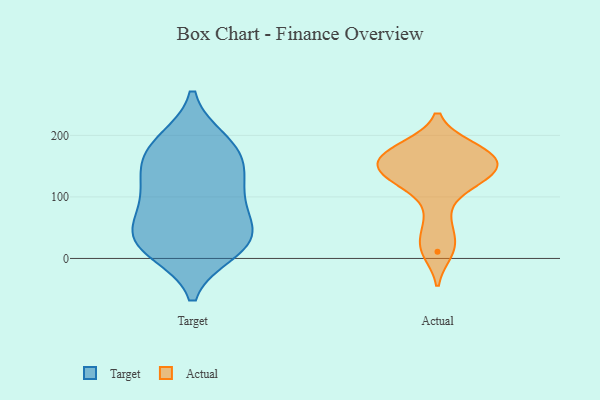
{"axis": {"x": "Latency (ms)", "y": "Value"}, "legend": ["Actual", "Target"], "data": [{"x": "", "y": 12, "type": "Target"}, {"x": "", "y": 91, "type": "Target"}, {"x": "", "y": 117, "type": "Target"}, {"x": "", "y": 15, "type": "Target"}, {"x": "", "y": 156, "type": "Target"}, {"x": "", "y": 38, "type": "Target"}, {"x": "", "y": 171, "type": "Target"}, {"x": "", "y": 26, "type": "Target"}, {"x": "", "y": 189, "type": "Target"}, {"x": "", "y": 191, "type": "Target"}, {"x": "", "y": 33, "type": "Target"}, {"x": "", "y": 149, "type": "Target"}, {"x": "", "y": 114, "type": "Target"}, {"x": "", "y": 74, "type": "Target"}, {"x": "", "y": 46, "type": "Target"}, {"x": "", "y": 24, "type": "Actual"}, {"x": "", "y": 172, "type": "Actual"}, {"x": "", "y": 178, "type": "Actual"}, {"x": "", "y": 11, "type": "Actual"}, {"x": "", "y": 145, "type": "Actual"}, {"x": "", "y": 160, "type": "Actual"}, {"x": "", "y": 159, "type": "Actual"}, {"x": "", "y": 62, "type": "Actual"}, {"x": "", "y": 180, "type": "Actual"}, {"x": "", "y": 118, "type": "Actual"}, {"x": "", "y": 144, "type": "Actual"}, {"x": "", "y": 138, "type": "Actual"}, {"x": "", "y": 124, "type": "Actual"}]}